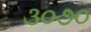
૩૦૭૦